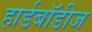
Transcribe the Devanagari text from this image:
हार्डबॉडीज